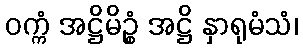
ဝက္ကံ အဋ္ဌိမိဉ္စံ အဋ္ဌိ နှာရုမံသံ၊